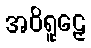
အဝိရူဠှေ